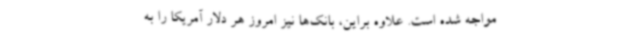
مواجه شده است. علاوه براین، بانک‌ها نیز امروز هر دلار آمریکا را به